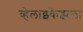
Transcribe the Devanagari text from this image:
व्हेलाझ्केझला